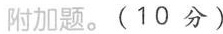
附加题。(10分)